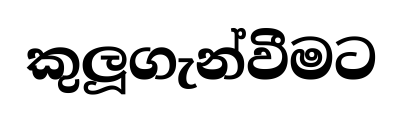
කුලූගැන්වීමට